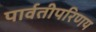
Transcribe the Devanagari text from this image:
पार्वतीपरिणय